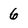
Character: 6